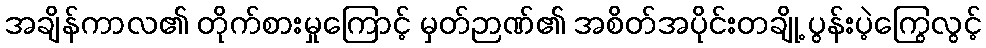
အချိန်ကာလ၏ တိုက်စားမှုကြောင့် မှတ်ဉာဏ်၏ အစိတ်အပိုင်းတချို့ ပွန်းပဲ့ကြွေလွင့်